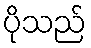
ပိုသည်